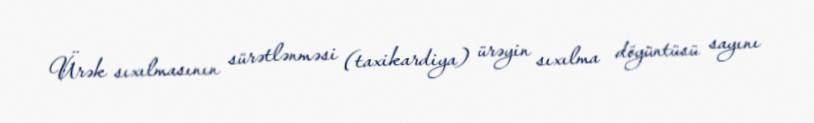
Ürək sıxılmasının sürətlənməsi (taxikardiya) ürəyin sıxılma döyüntüsü sayını